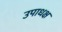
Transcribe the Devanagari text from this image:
उपाधक्ष